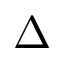
\Delta